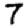
Digit: 7